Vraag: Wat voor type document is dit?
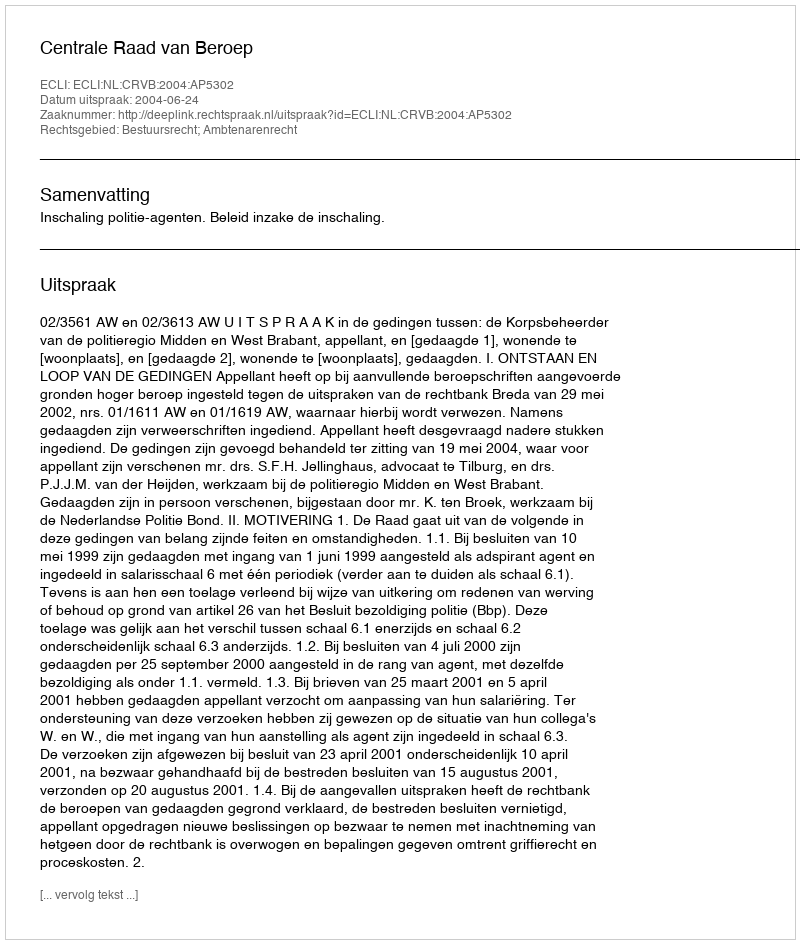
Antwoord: Uitspraak